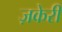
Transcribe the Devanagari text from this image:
ज़केरी